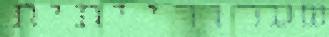
שערורייתית